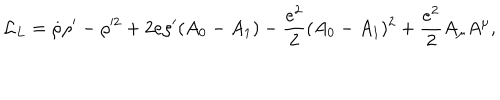
{ \cal L } _ { L } = \dot { \rho } \rho ^ { \prime } - \rho ^ { 2 } + 2 e \rho ^ { \prime } ( A _ { 0 } - A _ { 1 } ) - { \frac { e ^ { 2 } } { 2 } } ( A _ { 0 } - A _ { 1 } ) ^ { 2 } + { \frac { e ^ { 2 } } { 2 } } A _ { \mu } A ^ { \mu } ,